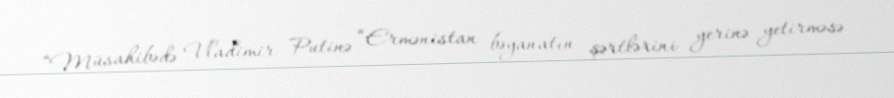
“Müsahibədə Vladimir Putinə “Ermənistan bəyanatın şərtlərini yerinə yetirməsə